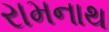
રામનાથ